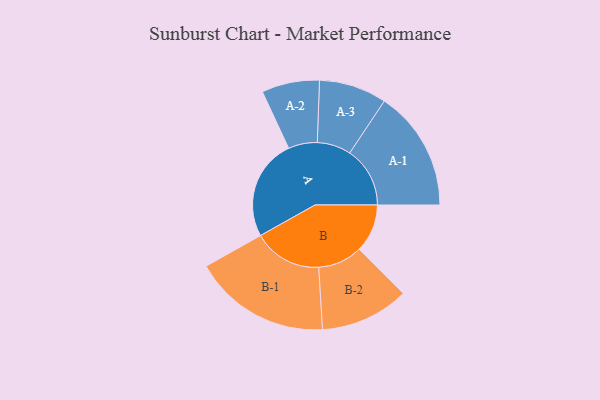
{"axis": {"x": "Segment", "y": "Value"}, "legend": ["", "A", "B"], "data": [{"x": "A", "y": 409, "type": ""}, {"x": "B", "y": 195, "type": ""}, {"x": "A-1", "y": 244, "type": "A"}, {"x": "A-2", "y": 117, "type": "A"}, {"x": "A-3", "y": 137, "type": "A"}, {"x": "B-1", "y": 278, "type": "B"}, {"x": "B-2", "y": 180, "type": "B"}]}